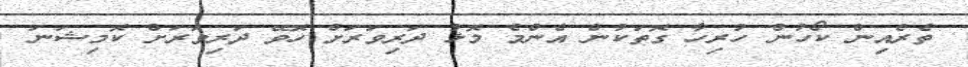
ތެރެއިން ކޯހުން ހުރިހާ ގޮތަކުން އެންމެ މޮޅު ދަރިވަރަށް ހޮވޭ ދަރިވަރަށް ކޮމިޝަނަ